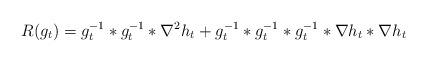
LaTeX: \begin{align*}R(g_t) = g_t^{-1}\ast g_t^{-1}\ast \nabla^2 h_t + g_t^{-1}\ast g_t^{-1}\ast g_t^{-1} \ast \nabla h_t \ast \nabla h_t\end{align*}